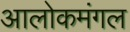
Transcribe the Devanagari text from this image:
आलोकमंगल